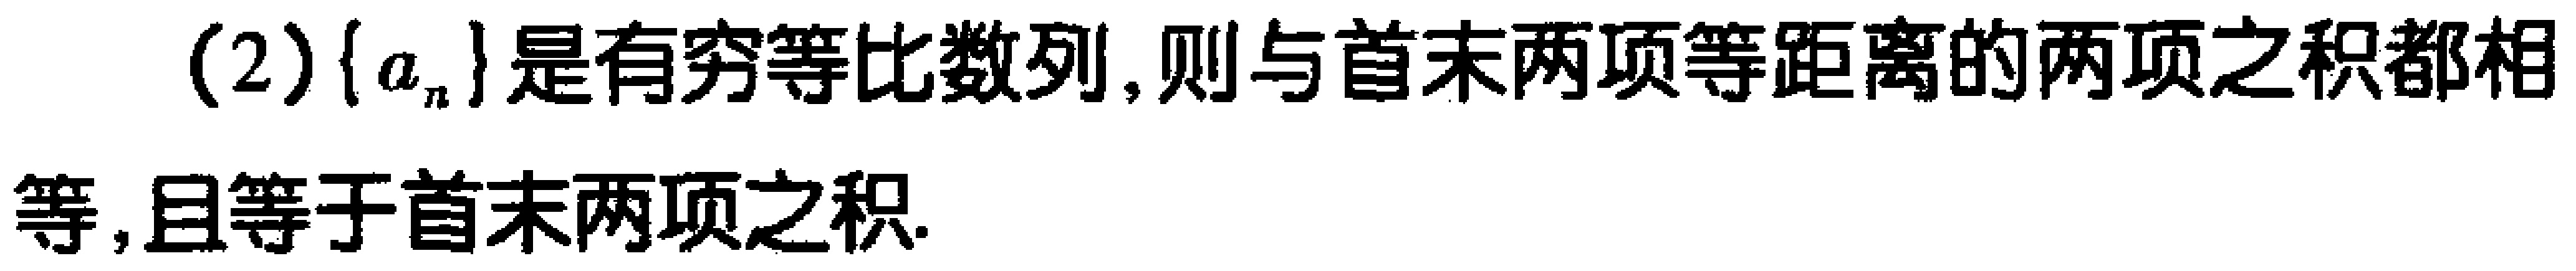
(2)$\{a_{n}\}$是有穷等比数列,则与首末两项等距离的两项之积都相等,且等于首末两项之积.